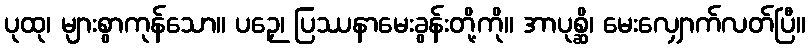
ပုထု၊ များစွာကုန်သော။ ပဉှေ၊ ပြဿနာမေးခွန်းတို့ကို။ အာပုစ္ဆိ၊ မေးလျှောက်လတ်ပြီ။